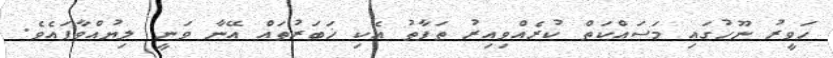
ހަވީރު ނޫހުގައި މަސައްކަތް ކުރެއްވިއިރު ތަފާތު އެކި ޚަބަރުތައް އޭނާ ވަނީ ލިޔުއްވާފައެވެ.